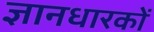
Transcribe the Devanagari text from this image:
ज्ञानधारकों